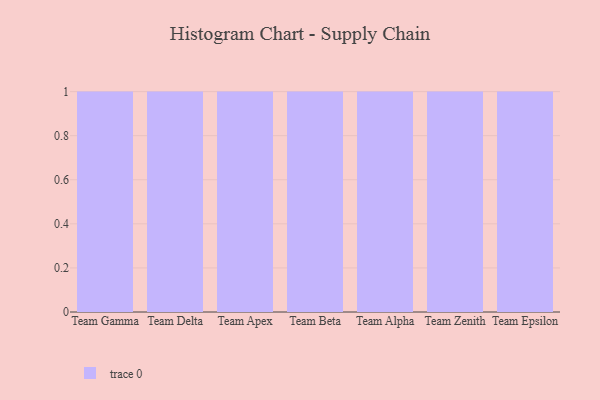
{"axis": {"x": "Team", "y": "Conversion Rate (%)"}, "legend": [""], "data": [{"x": "Team Gamma", "y": 67, "type": ""}, {"x": "Team Delta", "y": 82, "type": ""}, {"x": "Team Apex", "y": 36, "type": ""}, {"x": "Team Beta", "y": 33, "type": ""}, {"x": "Team Alpha", "y": 50, "type": ""}, {"x": "Team Zenith", "y": 87, "type": ""}, {"x": "Team Epsilon", "y": 14, "type": ""}]}